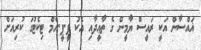
ޣައްސާން އަކީ ރައީސް ޔާމީން ގެ ތާޢީދާއި އެކު ޕީ.ޕީ.އެމް ޓިކެޓުގަ ކުރިއަށް